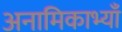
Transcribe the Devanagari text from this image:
अनामिकाभ्याँ